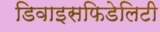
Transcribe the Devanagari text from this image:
डिवाइसफिडेलिटी